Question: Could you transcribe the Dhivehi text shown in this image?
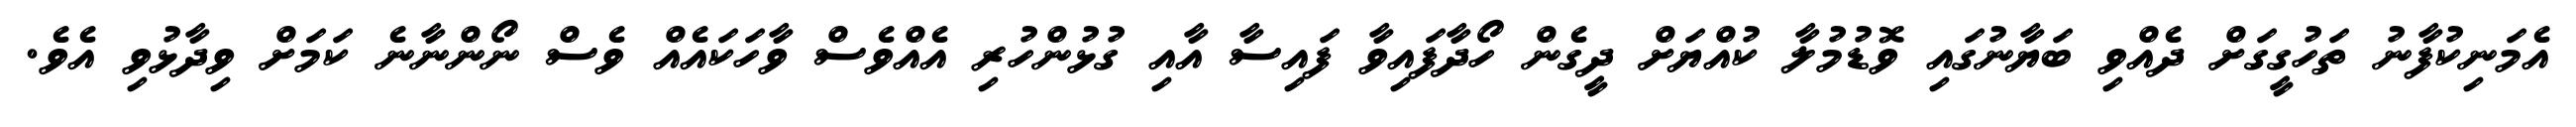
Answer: އެމަނިކުފާނު ތަހުގީގަށް ދެއްވި ބަޔާނުގައި ވޮޑުމުލާ ކުއްޔަށް ދީގެން ހޯދާފައިވާ ފައިސާ އާއި ގުޅުންހުރި އެއްވެސް ވާހަކައެއް ވެސް ނޯންނާނެ ކަމަށް ވިދާޅުވި އެވެ.